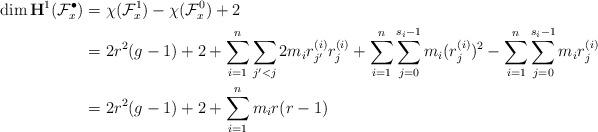
LaTeX: \begin{align*} \dim\mathbf{H}^1({\mathcal F}^{\bullet}_x) &= \chi({\mathcal F}^1_x)-\chi({\mathcal F}^0_x)+2 \\ &=2r^2(g-1)+2+\sum_{i=1}^n\sum_{j'<j} 2m_i r^{(i)}_{j'}r^{(i)}_j +\sum_{i=1}^n\sum_{j=0}^{s_i-1} m_i (r^{(i)}_j)^2 -\sum_{i=1}^n\sum_{j=0}^{s_i-1}m_ir^{(i)}_j \\ &=2r^2(g-1)+2+\sum_{i=1}^nm_ir(r-1)\end{align*}